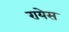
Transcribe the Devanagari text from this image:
रायेस